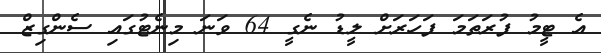
އެ ޓީމު ފުރަތަމަ ފަހަރަށް ލީޑު ނެގީ 64 ވަނަ މިނެޓުގައި ސެންގިޒް